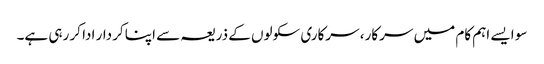
سو ایسے اہم کام میں سرکار، سرکاری سکولوں کے ذریعہ سے اپنا کردار ادا کر رہی ہے۔